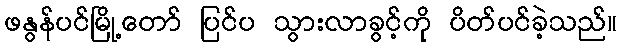
ဖနွန်ပင်မြို့တော် ပြင်ပ သွားလာခွင့်ကို ပိတ်ပင်ခဲ့သည်။